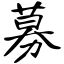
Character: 募